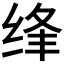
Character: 𮶂